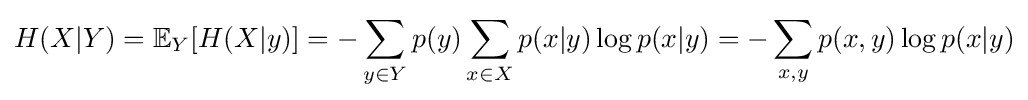
H(X|Y)=\mathbb {E} _{Y}[H(X|y)]=-\sum _{y\in Y}p(y)\sum _{x\in X}p(x|y)\log p(x|y)=-\sum _{x,y}p(x,y)\log p(x|y)